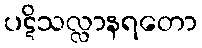
ပဋိသလ္လာနရတော